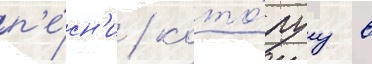
п'е́сн'и / кото́руу в